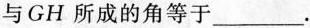
与GH所成的角等于___.